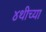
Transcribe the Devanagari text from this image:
४थीच्या